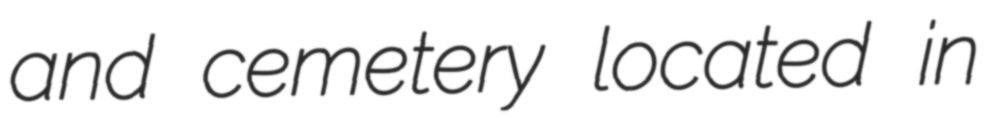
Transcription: and cemetery located in